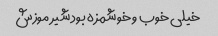
خیلی خوب و خوشمزه بود شیر موزش